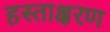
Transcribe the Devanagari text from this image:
हस्ताक्षरण